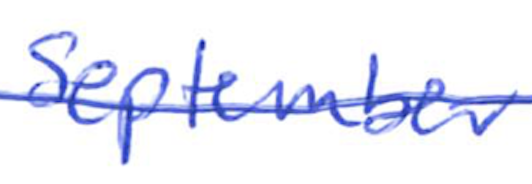
Text: September
Cross-out: single-line
Writing tool: ballpoint